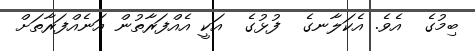
ބިމުގެ  އެވެ. އެކަލާނގެ  ފުޅުގެ  އަކީ އެއްފަރާތުން އަނެއްފަރާތަށް